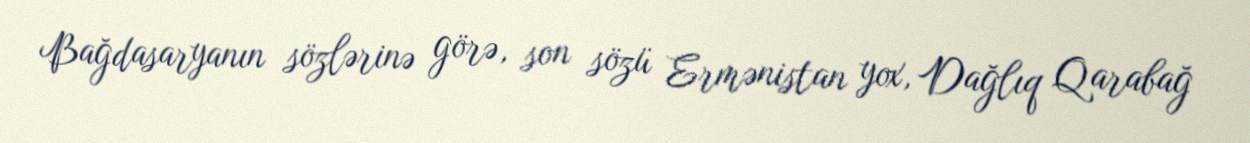
Bağdasaryanın sözlərinə görə, son sözü Ermənistan yox, Dağlıq Qarabağ